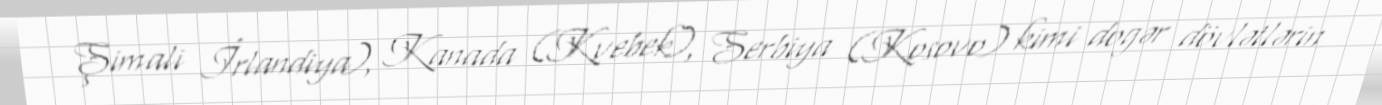
Şimali İrlandiya), Kanada (Kvebek), Serbiya (Kosovo) kimi dogər dövlətlərin